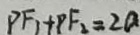
P F _ { 1 } + P F _ { 2 } = 2 a